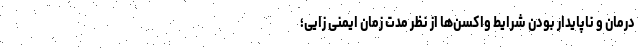
درمان و ناپایدار بودن شرایط واکسن‌ها از نظر مدت زمان ایمنی زایی؛